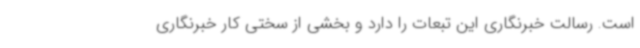
است. رسالت خبرنگاری این تبعات را دارد و بخشی از سختی کار خبرنگاری